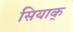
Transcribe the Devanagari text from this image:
सियाक्